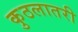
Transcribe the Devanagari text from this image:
कुठलातरी